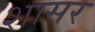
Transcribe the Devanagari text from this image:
शासर